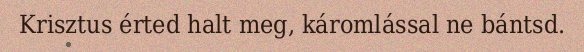
Krisztus érted halt meg, káromlással ne bántsd.